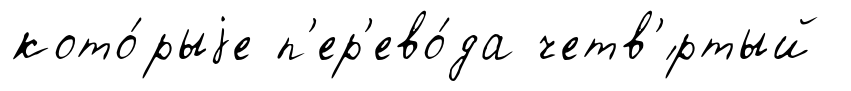
кото́рыjе п'ер'ево́да четв'́ртый